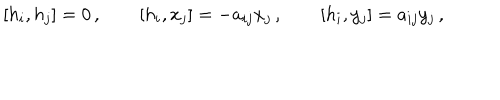
LaTeX: \left[ h _ { i } , h _ { j } \right] = 0 \, , \qquad \left[ h _ { i } , x _ { j } \right] = - a _ { i j } x _ { j } \, , \qquad \left[ h _ { i } , y _ { j } \right] = a _ { i j } y _ { j } \, ,